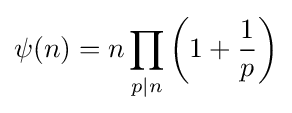
\psi (n)=n\prod _{p|n}\left(1+{\frac {1}{p}}\right)